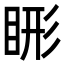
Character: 𬑖